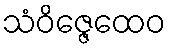
သံဝိဇ္ဇေထေဝ